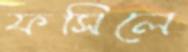
ফসিলে